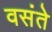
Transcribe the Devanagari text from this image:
वसंते